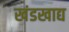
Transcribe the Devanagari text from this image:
खंडखाद्य